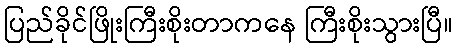
ပြည်ခိုင်ဖြိုးကြီးစိုးတာကနေ ကြီးစိုးသွားပြီ။